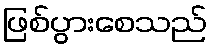
ဖြစ်ပွားစေသည်